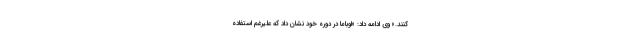
کنند.» وی ادامه داد: «اوباما در دوره خود نشان داد که علیرغم استفاده